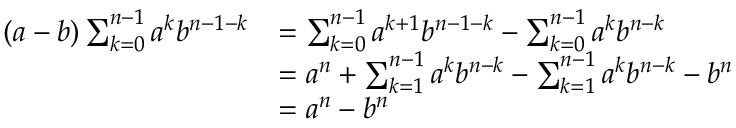
{ \begin{array} { r l } { ( a - b ) \sum _ { k = 0 } ^ { n - 1 } a ^ { k } b ^ { n - 1 - k } } & { = \sum _ { k = 0 } ^ { n - 1 } a ^ { k + 1 } b ^ { n - 1 - k } - \sum _ { k = 0 } ^ { n - 1 } a ^ { k } b ^ { n - k } } \\ & { = a ^ { n } + \sum _ { k = 1 } ^ { n - 1 } a ^ { k } b ^ { n - k } - \sum _ { k = 1 } ^ { n - 1 } a ^ { k } b ^ { n - k } - b ^ { n } } \\ & { = a ^ { n } - b ^ { n } } \end{array} }